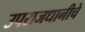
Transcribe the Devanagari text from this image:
उपराजधानीचे